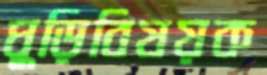
ঘুড়িবিষয়ক